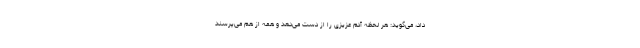
داد، می‌گوید: هر لحظه آدم عزیزی را از دست می‌دهد و همه از هم می‌پرسند